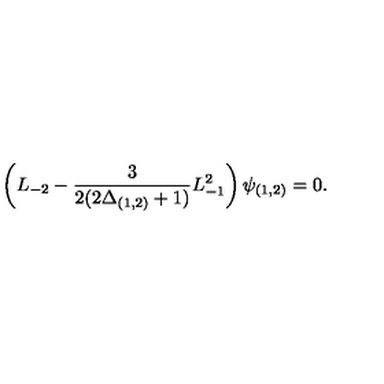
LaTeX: \left( L _ { - 2 } - \frac { 3 } { 2 ( 2 \Delta _ { ( 1 , 2 ) } + 1 ) } L _ { - 1 } ^ { 2 } \right) \psi _ { ( 1 , 2 ) } = 0 .